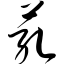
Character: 芤